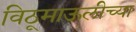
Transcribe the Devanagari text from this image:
विठूमाऊलीच्या